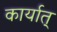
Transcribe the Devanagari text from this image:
कार्यात्